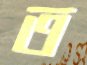
ত